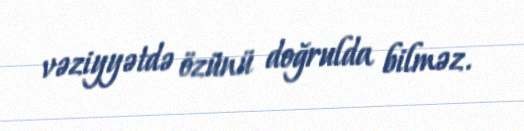
vəziyyətdə özünü doğrulda bilməz.